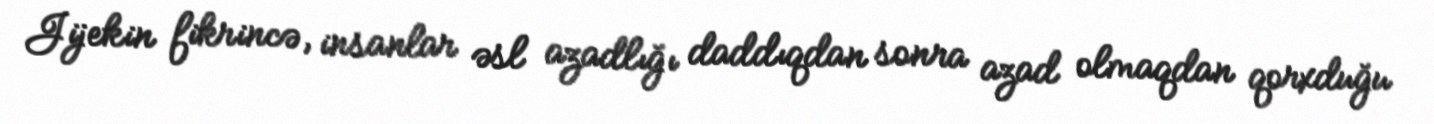
Jijekin fikrincə, insanlar əsl azadlığı daddıqdan sonra azad olmaqdan qorxduğu